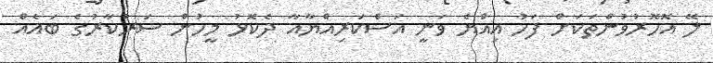
ލޭ އޮހޮރުވުންތަކަށް ފަހު އިއްޔެ ވަނީ އަސްކަރިއްޔާއާ ދެކޮޅު މީހުން ސަރުކާރުގެ ބައެއް